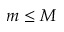
m \le M